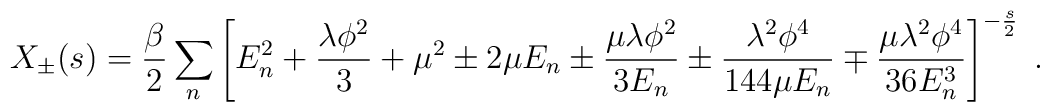
X_{\pm}(s)=\frac{\beta}{2}\sum_n\left[E_n^2+\frac{\lambda\phi^2}{3}+\mu^2\pm 2\mu E_n\pm\frac{\mu\lambda\phi^2}{3E_n}\pm\frac{\lambda^2\phi^4}{144\mu E_n}\mp\frac{\mu\lambda^2\phi^4}{36E_n^3}\right]^{-\frac{s}{2}}\;.